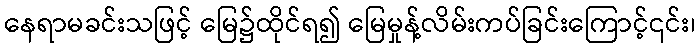
နေရာမခင်းသဖြင့် မြေ၌ထိုင်ရ၍ မြေမှုန့်လိမ်းကပ်ခြင်းကြောင့်၎င်း၊